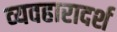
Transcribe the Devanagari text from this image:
व्‍यवहारादर्श